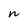
Character: w